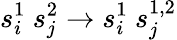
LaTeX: s_{i}^{1}\ s_{j}^{2}\to s_{i}^{1}\ s_{j}^{1,2}